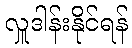
လှူဒါန်းနိုင်ရန်